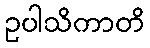
ဥပါသိကာတိ